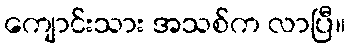
ကျောင်းသား အသစ်က လာပြီ။